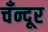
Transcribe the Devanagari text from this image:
चँन्दूर